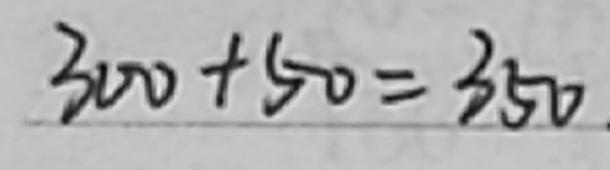
3 0 0 + 5 0 = 3 5 0 .